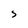
Character: S